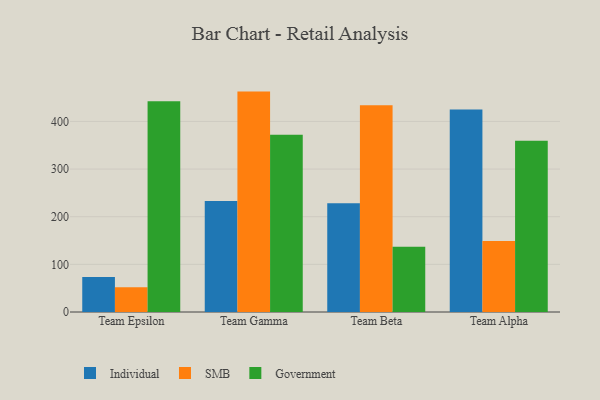
{"axis": {"x": "Team", "y": "Market Share (%)"}, "legend": ["Government", "Individual", "SMB"], "data": [{"x": "Team Epsilon", "y": 73.3, "type": "Individual"}, {"x": "Team Epsilon", "y": 51.7, "type": "SMB"}, {"x": "Team Epsilon", "y": 442.2, "type": "Government"}, {"x": "Team Gamma", "y": 233.1, "type": "Individual"}, {"x": "Team Gamma", "y": 462.6, "type": "SMB"}, {"x": "Team Gamma", "y": 371.9, "type": "Government"}, {"x": "Team Beta", "y": 228.2, "type": "Individual"}, {"x": "Team Beta", "y": 433.9, "type": "SMB"}, {"x": "Team Beta", "y": 137.0, "type": "Government"}, {"x": "Team Alpha", "y": 425.0, "type": "Individual"}, {"x": "Team Alpha", "y": 149.0, "type": "SMB"}, {"x": "Team Alpha", "y": 359.5, "type": "Government"}]}